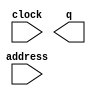
// megafunction wizard: %LPM_ROM%VBB%
// GENERATION: STANDARD
// VERSION: WM1.0
// MODULE: altsyncram 

// ============================================================
// Megafunction Name(s):
// 			altsyncram
//
// Simulation Library Files(s):
// 			altera_mf
// ============================================================
// ************************************************************
// THIS IS A WIZARD-GENERATED FILE. DO NOT EDIT THIS FILE!
//
// 8.1 Build 163 10/28/2008 SJ Full Version
// ************************************************************

//Copyright (C) 1991-2008 Altera Corporation
//Your use of Altera Corporation's design tools, logic functions 
//and other software and tools, and its AMPP partner logic 
//functions, and any output files from any of the foregoing 
//(including device programming or simulation files), and any 
//associated documentation or information are expressly subject 
//to the terms and conditions of the Altera Program License 
//Subscription Agreement, Altera MegaCore Function License 
//Agreement, or other applicable license agreement, including, 
//without limitation, that your use is for the sole purpose of 
//programming logic devices manufactured by Altera and sold by 
//Altera or its authorized distributors.  Please refer to the 
//applicable agreement for further details.

module lpm_rom0 (
	address,
	clock,
	q);

	input	[4:0]  address;
	input	  clock;
	output	[7:0]  q;

endmodule

// ============================================================
// CNX file retrieval info
// ============================================================
// Retrieval info: PRIVATE: ADDRESSSTALL_A NUMERIC "0"
// Retrieval info: PRIVATE: AclrAddr NUMERIC "0"
// Retrieval info: PRIVATE: AclrByte NUMERIC "0"
// Retrieval info: PRIVATE: AclrOutput NUMERIC "0"
// Retrieval info: PRIVATE: BYTE_ENABLE NUMERIC "0"
// Retrieval info: PRIVATE: BYTE_SIZE NUMERIC "8"
// Retrieval info: PRIVATE: BlankMemory NUMERIC "0"
// Retrieval info: PRIVATE: CLOCK_ENABLE_INPUT_A NUMERIC "0"
// Retrieval info: PRIVATE: CLOCK_ENABLE_OUTPUT_A NUMERIC "0"
// Retrieval info: PRIVATE: Clken NUMERIC "0"
// Retrieval info: PRIVATE: IMPLEMENT_IN_LES NUMERIC "0"
// Retrieval info: PRIVATE: INIT_FILE_LAYOUT STRING "PORT_A"
// Retrieval info: PRIVATE: INIT_TO_SIM_X NUMERIC "0"
// Retrieval info: PRIVATE: INTENDED_DEVICE_FAMILY STRING "Cyclone II"
// Retrieval info: PRIVATE: JTAG_ENABLED NUMERIC "1"
// Retrieval info: PRIVATE: JTAG_ID STRING "NONE"
// Retrieval info: PRIVATE: MAXIMUM_DEPTH NUMERIC "0"
// Retrieval info: PRIVATE: MIFfilename STRING "../sssBlock/sss_7seg/lpm_rom0.mif"
// Retrieval info: PRIVATE: NUMWORDS_A NUMERIC "32"
// Retrieval info: PRIVATE: RAM_BLOCK_TYPE NUMERIC "0"
// Retrieval info: PRIVATE: RegAddr NUMERIC "1"
// Retrieval info: PRIVATE: RegOutput NUMERIC "0"
// Retrieval info: PRIVATE: SYNTH_WRAPPER_GEN_POSTFIX STRING "0"
// Retrieval info: PRIVATE: SingleClock NUMERIC "1"
// Retrieval info: PRIVATE: UseDQRAM NUMERIC "0"
// Retrieval info: PRIVATE: WidthAddr NUMERIC "5"
// Retrieval info: PRIVATE: WidthData NUMERIC "8"
// Retrieval info: PRIVATE: rden NUMERIC "0"
// Retrieval info: CONSTANT: CLOCK_ENABLE_INPUT_A STRING "BYPASS"
// Retrieval info: CONSTANT: CLOCK_ENABLE_OUTPUT_A STRING "BYPASS"
// Retrieval info: CONSTANT: INIT_FILE STRING "../sssBlock/sss_7seg/lpm_rom0.mif"
// Retrieval info: CONSTANT: INTENDED_DEVICE_FAMILY STRING "Cyclone II"
// Retrieval info: CONSTANT: LPM_HINT STRING "ENABLE_RUNTIME_MOD=YES,INSTANCE_NAME=NONE"
// Retrieval info: CONSTANT: LPM_TYPE STRING "altsyncram"
// Retrieval info: CONSTANT: NUMWORDS_A NUMERIC "32"
// Retrieval info: CONSTANT: OPERATION_MODE STRING "ROM"
// Retrieval info: CONSTANT: OUTDATA_ACLR_A STRING "NONE"
// Retrieval info: CONSTANT: OUTDATA_REG_A STRING "UNREGISTERED"
// Retrieval info: CONSTANT: WIDTHAD_A NUMERIC "5"
// Retrieval info: CONSTANT: WIDTH_A NUMERIC "8"
// Retrieval info: CONSTANT: WIDTH_BYTEENA_A NUMERIC "1"
// Retrieval info: USED_PORT: address 0 0 5 0 INPUT NODEFVAL address[4..0]
// Retrieval info: USED_PORT: clock 0 0 0 0 INPUT NODEFVAL clock
// Retrieval info: USED_PORT: q 0 0 8 0 OUTPUT NODEFVAL q[7..0]
// Retrieval info: CONNECT: @address_a 0 0 5 0 address 0 0 5 0
// Retrieval info: CONNECT: q 0 0 8 0 @q_a 0 0 8 0
// Retrieval info: CONNECT: @clock0 0 0 0 0 clock 0 0 0 0
// Retrieval info: LIBRARY: altera_mf altera_mf.altera_mf_components.all
// Retrieval info: GEN_FILE: TYPE_NORMAL lpm_rom0.v TRUE
// Retrieval info: GEN_FILE: TYPE_NORMAL lpm_rom0.inc TRUE
// Retrieval info: GEN_FILE: TYPE_NORMAL lpm_rom0.cmp FALSE
// Retrieval info: GEN_FILE: TYPE_NORMAL lpm_rom0.bsf TRUE FALSE
// Retrieval info: GEN_FILE: TYPE_NORMAL lpm_rom0_inst.v FALSE
// Retrieval info: GEN_FILE: TYPE_NORMAL lpm_rom0_bb.v TRUE
// Retrieval info: GEN_FILE: TYPE_NORMAL lpm_rom0_waveforms.html TRUE
// Retrieval info: GEN_FILE: TYPE_NORMAL lpm_rom0_wave*.jpg FALSE
// Retrieval info: LIB_FILE: altera_mf